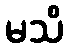
မသိ